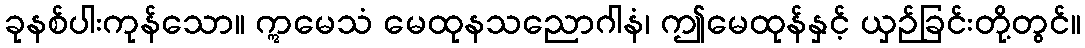
ခုနစ်ပါးကုန်သော။ ဣမေသံ မေထုနသညောဂါနံ၊ ဤမေထုန်နှင့် ယှဉ်ခြင်းတို့တွင်။